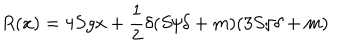
R ( x ) = 4 S g x + { \frac { 1 } { 2 } } \delta ( S / \delta + m ) ( 3 S / \delta + m )